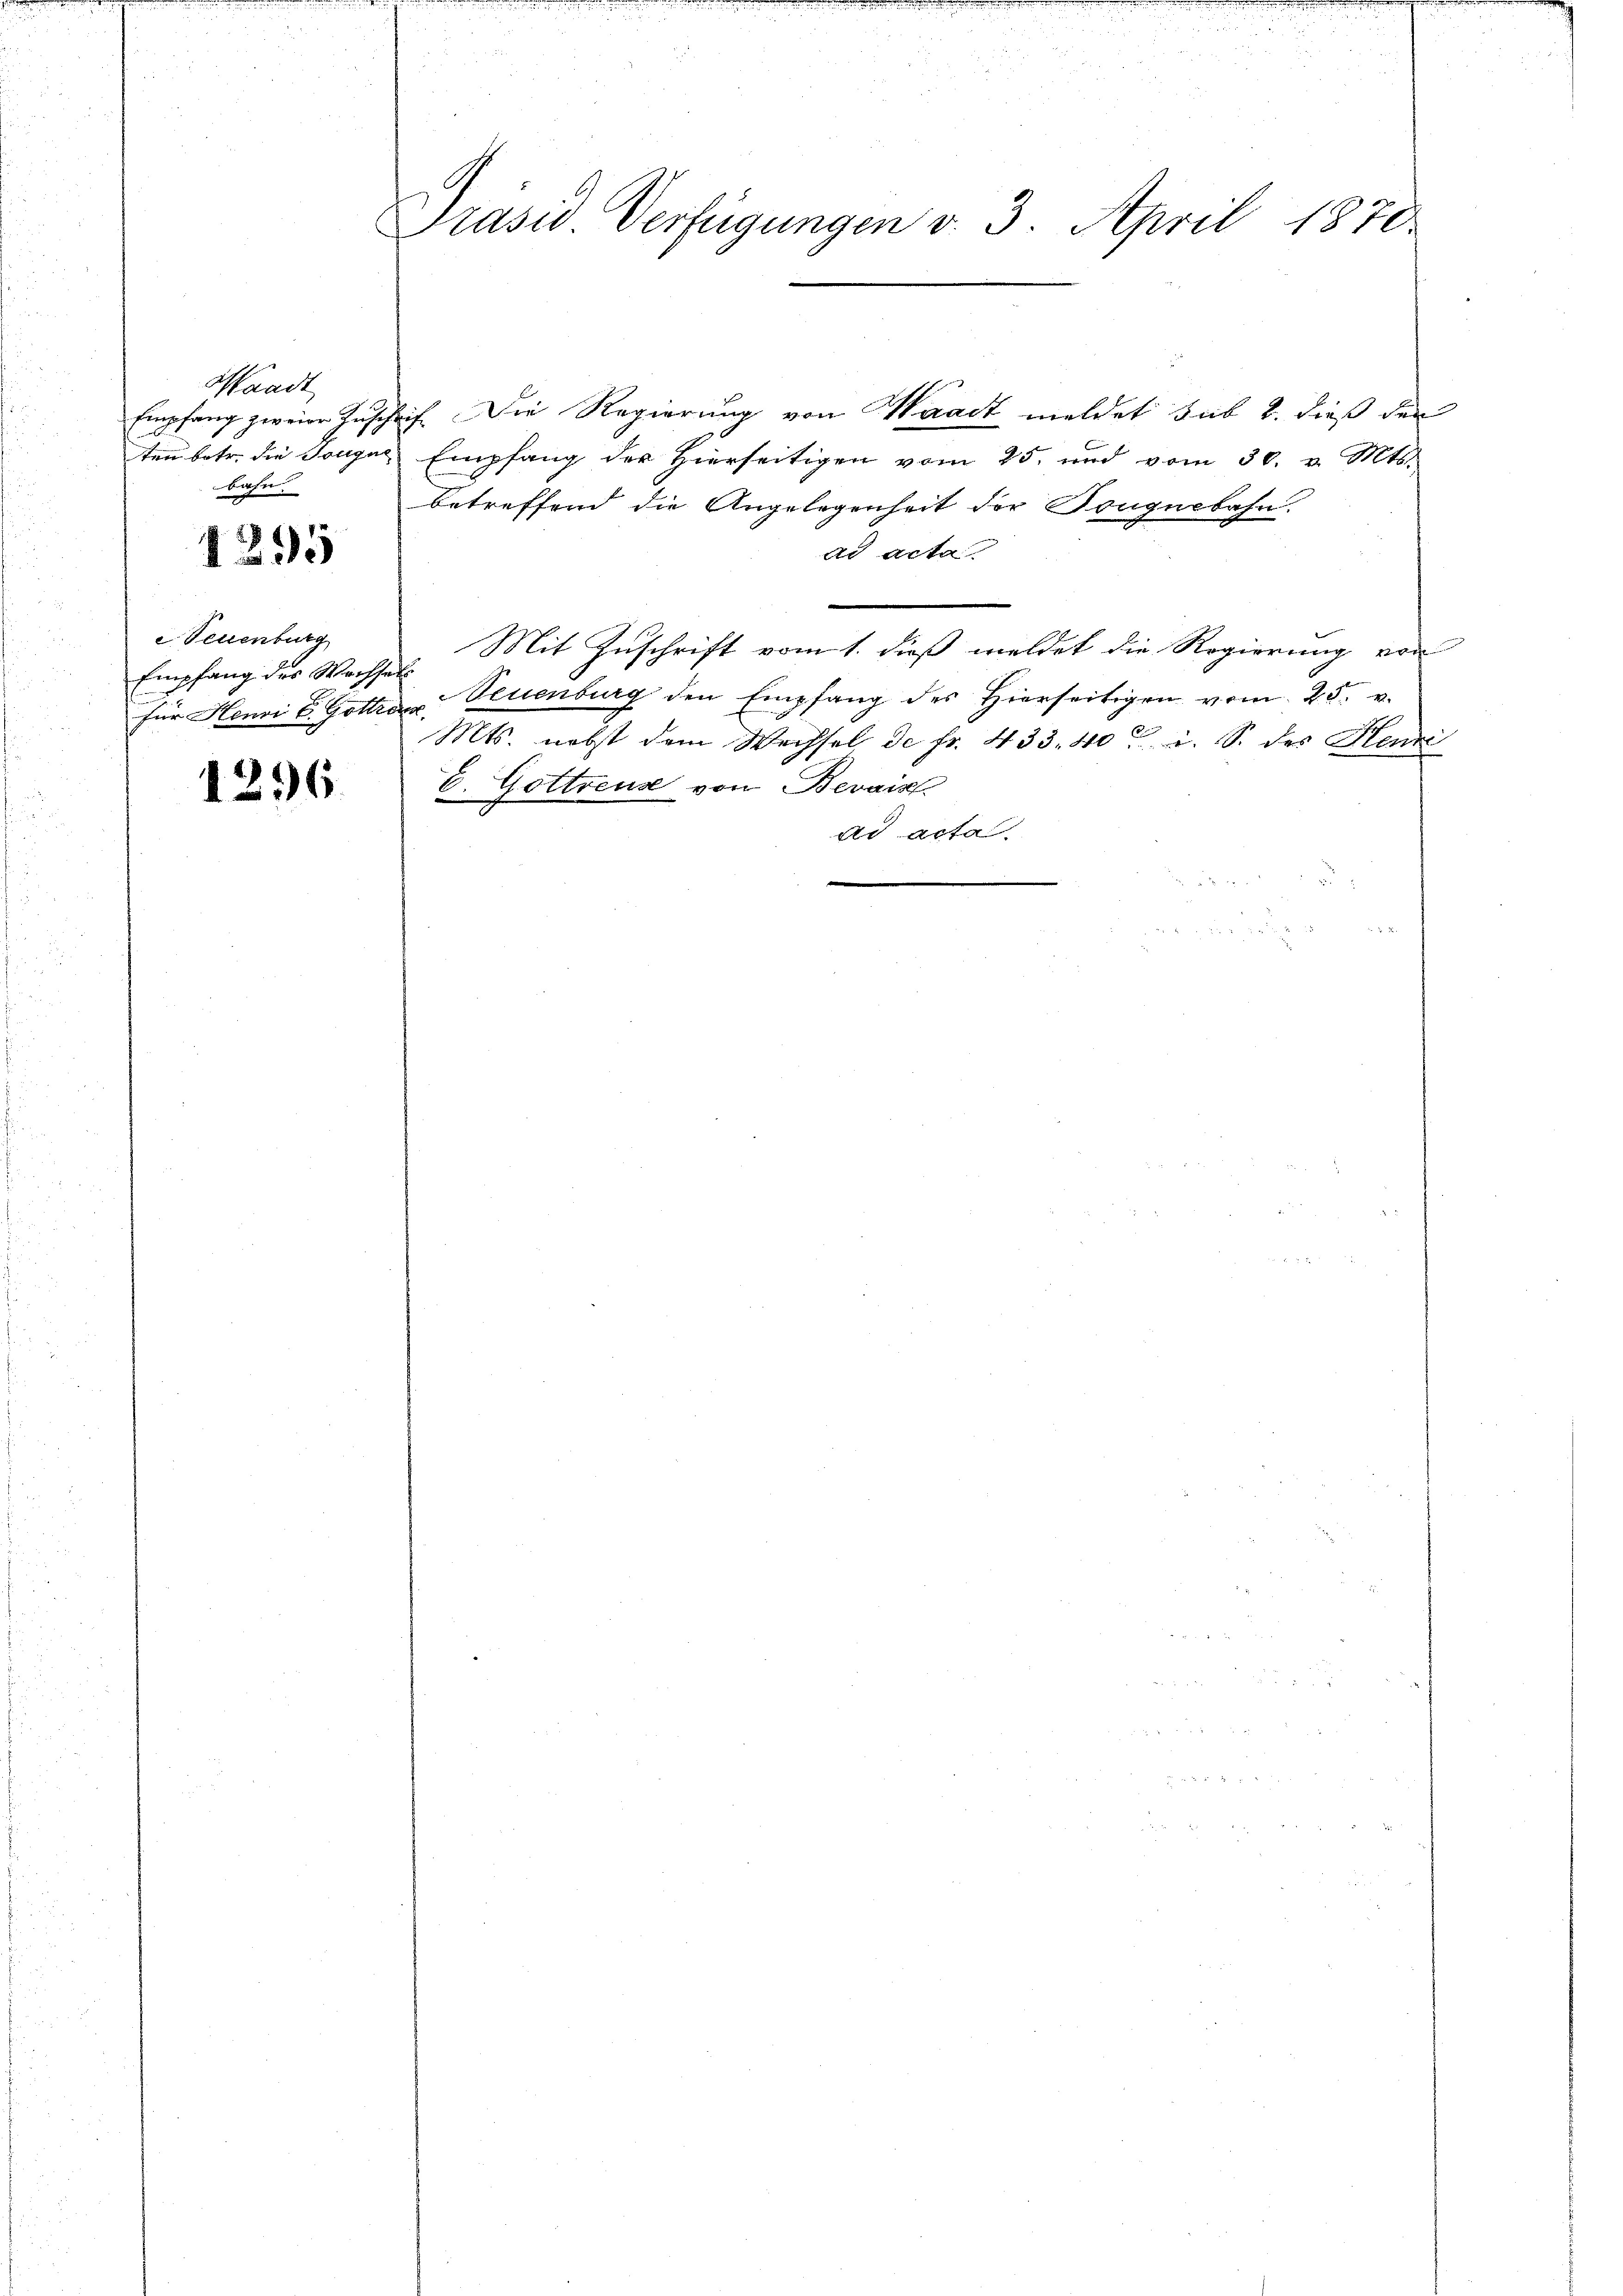
Waadt
bahn.

1295

Teuenburg
Empfang des Wachsel

1296.

Präsid. Verfügungen v. 3. April 1870

Empfang zweige Zuschrift. Die Regierung von Waadt meldet sub 2. dieß den
ten betr. die Tonges Empfang der Hierseitigen vom 25. und vom 30. v. Mts.
Betreffend die Angelegenheit der Bougnebahn.
ad acta
Mit Zuschrift vom 1. dieß meldet die Regierung von
für Henni v. Gotten Neuenburg den Empfang des Hierseitigen vom 25. v.
Mts. nebst dem Wechsel de fr. 433. 40 u. S. des Henri
C. Gottreuse von Bevais
ad acta
,
s
 N. 2